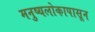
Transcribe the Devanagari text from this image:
मनुष्यलोकापासून